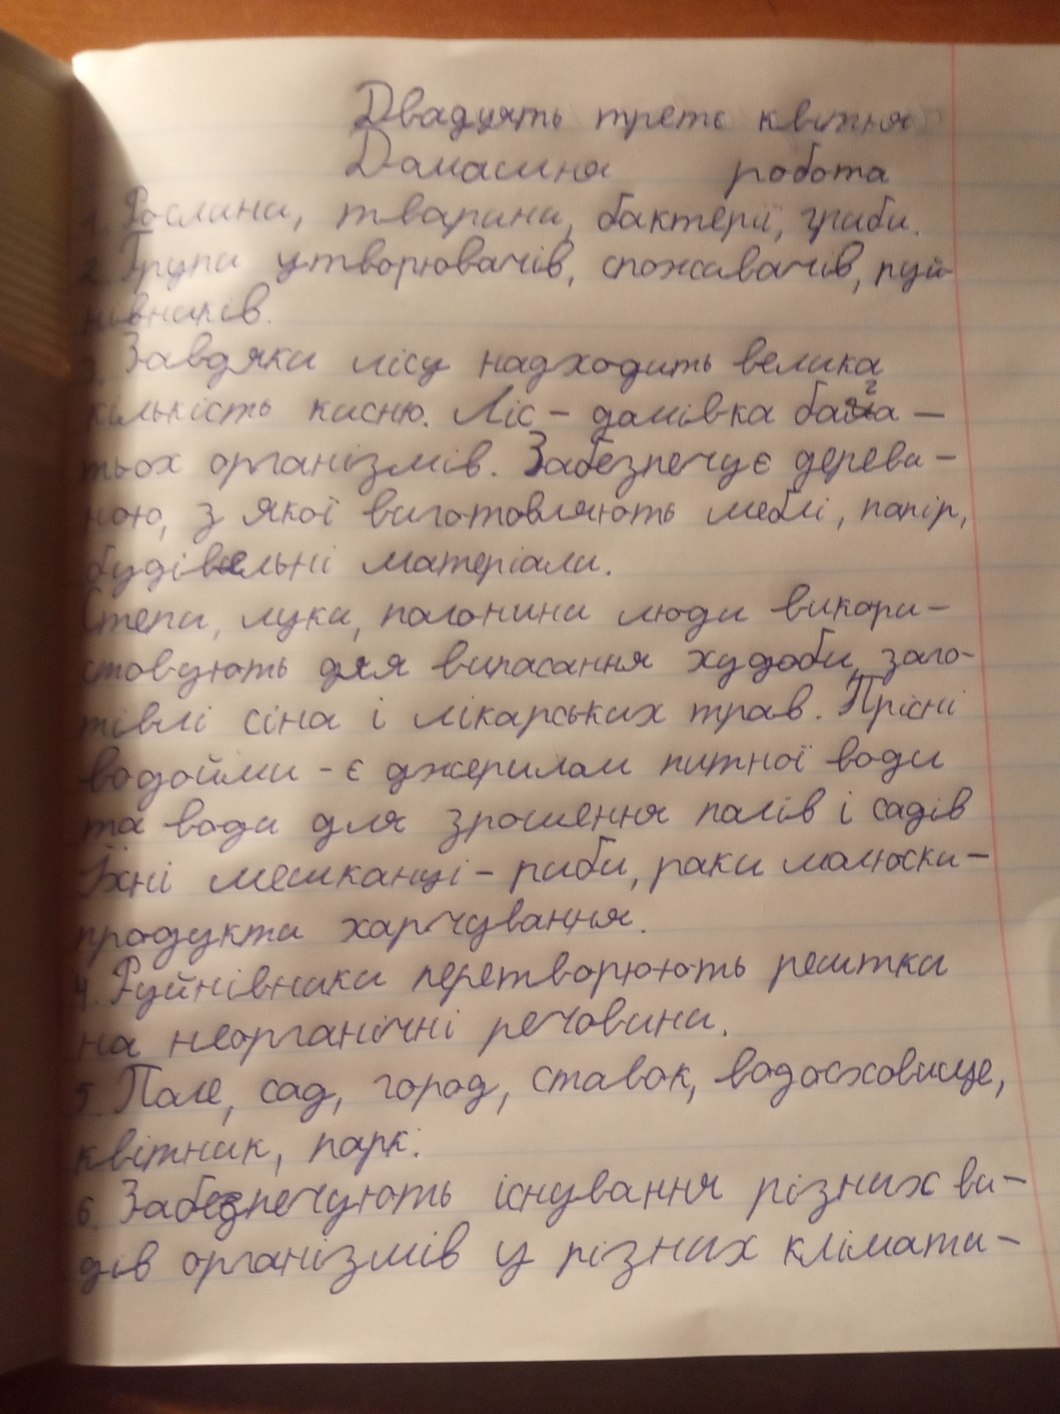
Двадцять третє квітня
Домашня робота
1. Рослини, тварини, бактерії, гриби.
2. Групи утворювачів, споживачів, руй-
нивників
3. Завдяки лісу надходить велика
кількістю кисню. Ліс - домівка бага-
тьох організмів. Забезпечує дереви-
ною, з якої виготовляють меблі, папір,
будівельні матеріали.
Степи, луки, полонини люди викори-
стовують для випасання худоби, заго-
тівлі сіна і лікарських трав. Прісні
водойми - є джерелом питної води
та води для зрошення полів і садів
Їхні мешканці - риби, раки молюски -
продукти харчування.
4. Руйнівники перетворюють рештки
на неорганічні речовини.
5. Поле, сад, горож, ставок, водосховище,
квітник, парк;
6. Забезпечують існування різних ви-
дів організмів у різних клімати-